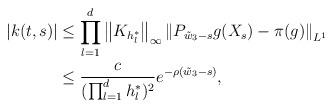
LaTeX: \begin{align*}|k(t , s)| & \le \prod_{l = 1}^d \left \| K_{h_l^*} \right \|_{\infty} \left \| P_{\tilde{w}_3- s}g(X_s) - \pi(g) \right \|_{L^1} \\& \le \frac{c}{(\prod_{l = 1}^d h_l^*)^2} e^{- \rho (\tilde{w}_3- s)},\end{align*}